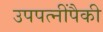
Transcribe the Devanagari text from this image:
उपपत्नींपैकी